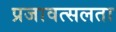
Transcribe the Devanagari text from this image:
प्रजावत्सलता